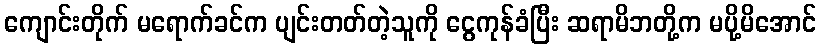
ကျောင်းတိုက် မရောက်ခင်က ပျင်းတတ်တဲ့သူကို ငွေကုန်ခံပြီး ဆရာမိဘတို့က မပို့မိအောင်